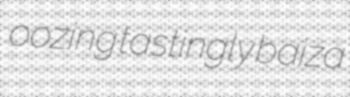
oozing tastingly baiza